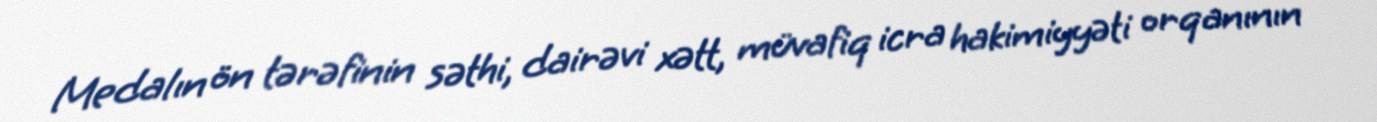
Medalın ön tərəfinin səthi, dairəvi xətt, müvafiq icra hakimiyyəti orqanının